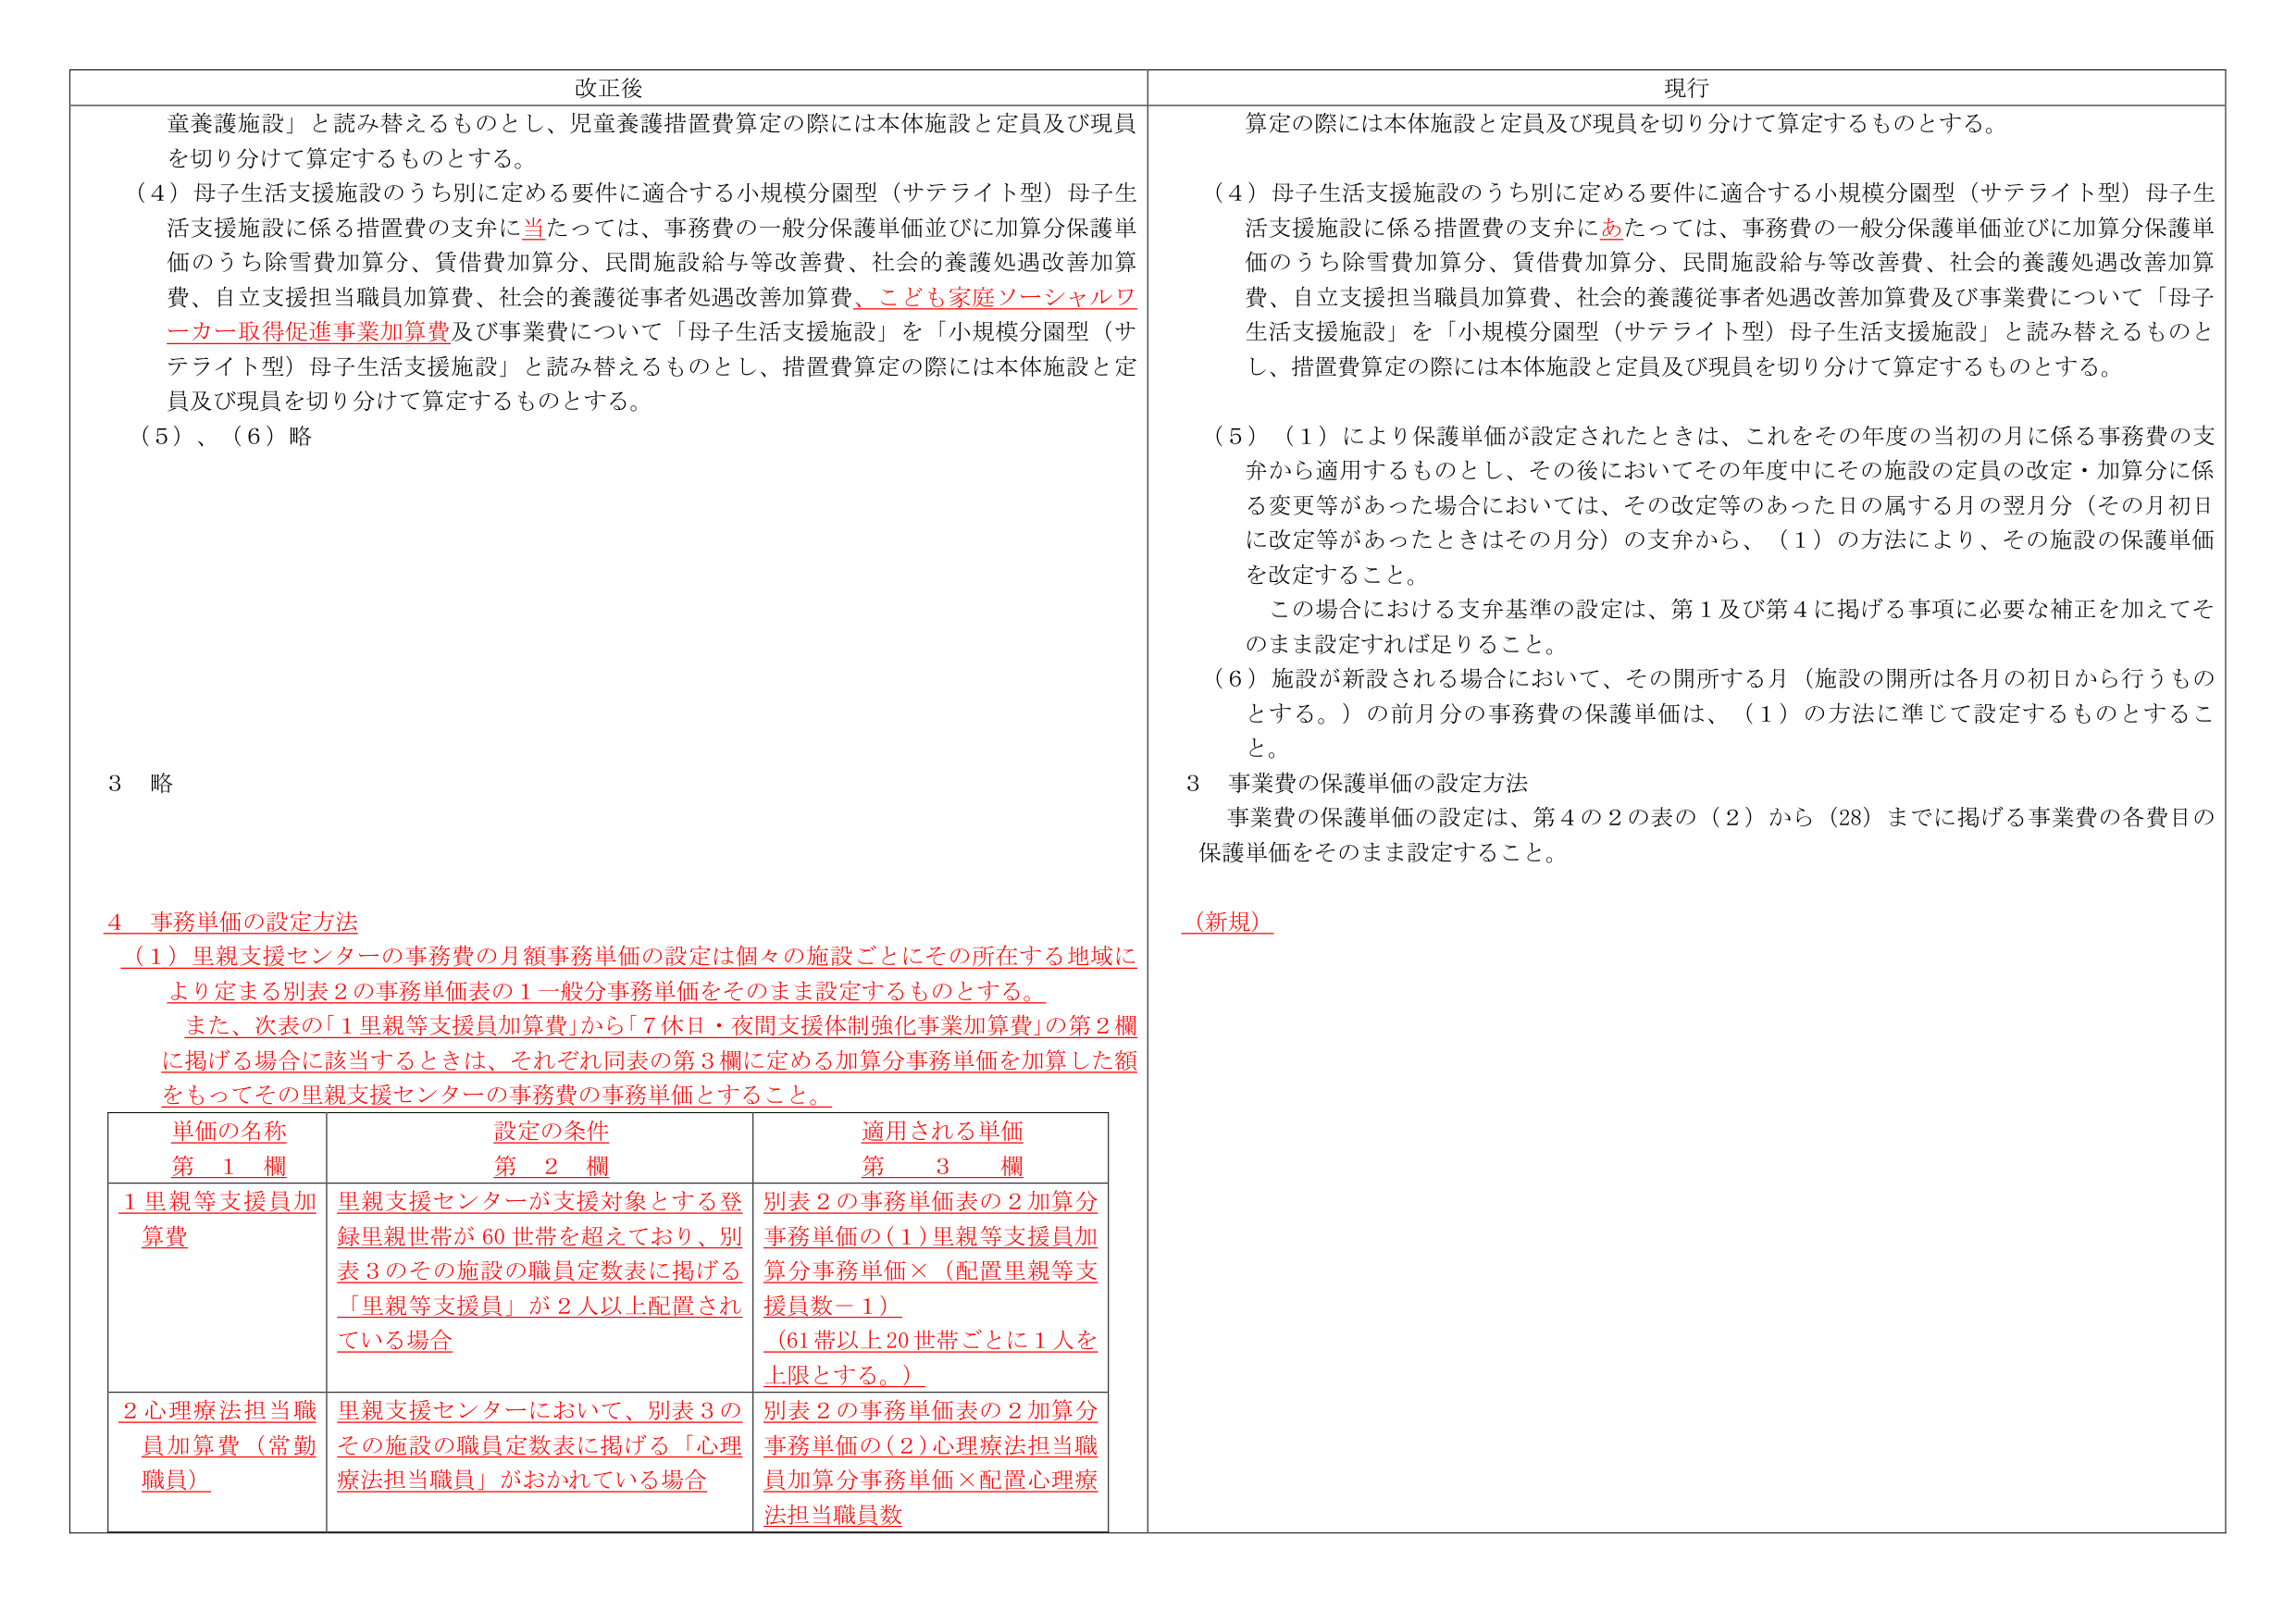
改正後
童養護施設」と読み替えるものとし、児童養護措置費算定の際には本体施設と定員及び現員を切り分けて算定するものとする。
（4）母子生活支援施設のうち別に定める要件に適合する小規模分園型（サテライト型）母子生活支援施設に係る措置費の支弁に当たっては、事務費の一般分保護単価並びに加算分保護単価のうち除雪費加算分、賃借費加算分、民間施設給与等改善費、社会的養護処遇改善加算費、自立支援担当職員加算費、社会的養護従事者処遇改善加算費、こども家庭ソーシャルワーカー取得促進事業加算費及び事業費について「母子生活支援施設」を「小規模分園型（サテライト型）母子生活支援施設」と読み替えるものとし、措置費算定の際には本体施設と定員及び現員を切り分けて算定するものとする。
（5）、（6）略
3 略
4 事務単価の設定方法
（1）里親支援センターの事務費の月額事務単価の設定は個々の施設ごとにその所在する地域により定まる別表2の事務単価表の1一般分事務単価をそのまま設定するものとする。
また、次表の「1里親等支援員加算費」から「7休日・夜間支援体制強化事業加算費」の第2欄に掲げる場合に該当するときは、それぞれ同表の第3欄に定める加算分事務単価を加算した額をもってその里親支援センターの事務費の事務単価とすること。
単価の名称 第1欄
設定の条件 第2欄
適用される単価 第3欄
1里親等支援員加算費
里親支援センターが支援対象とする登録里親世帯が60世帯を超えており、別表3のその施設の職員定数表に掲げる「里親等支援員」が2人以上配置されている場合
別表2の事務単価表の2加算分事務単価の（1）里親等支援員加算分事務単価×（配置里親等支援員数－1）
（61帯以上20世帯ごとに1人を上限とする。）
2心理療法担当職員加算費（常勤職員）
里親支援センターにおいて、別表3のその施設の職員定数表に掲げる「心理療法担当職員」がおかれている場合
別表2の事務単価表の2加算分事務単価の（2）心理療法担当職員加算分事務単価×配置心理療法担当職員数

現行
算定の際には本体施設と定員及び現員を切り分けて算定するものとする。
（4）母子生活支援施設のうち別に定める要件に適合する小規模分園型（サテライト型）母子生活支援施設に係る措置費の支弁にあたっては、事務費の一般分保護単価並びに加算分保護単価のうち除雪費加算分、賃借費加算分、民間施設給与等改善費、社会的養護処遇改善加算費、自立支援担当職員加算費、社会的養護従事者処遇改善加算費及び事業費について「母子生活支援施設」を「小規模分園型（サテライト型）母子生活支援施設」と読み替えるものとし、措置費算定の際には本体施設と定員及び現員を切り分けて算定するものとする。
（5）（1）により保護単価が設定されたときは、これをその年度の当初の月に係る事務費の支弁から適用するものとし、その後においてその年度中にその施設の定員の改定・加算分に係る変更等があった場合においては、その改定等のあった日の属する月の翌月分（その月初日に改定等があったときはその月分）の支弁から、（1）の方法により、その施設の保護単価を改定すること。
この場合における支弁基準の設定は、第1及び第4に掲げる事項に必要な補正を加えてそのまま設定すれば足りること。
（6）施設が新設される場合において、その開所する月（施設の開所は各月の初日から行うものとする。）の前月分の事務費の保護単価は、（1）の方法に準じて設定するものとすること。
3 事業費の保護単価の設定方法
事業費の保護単価の設定は、第4の2の表の（2）から（28）までに掲げる事業費の各費目の保護単価をそのまま設定すること。
（新規）